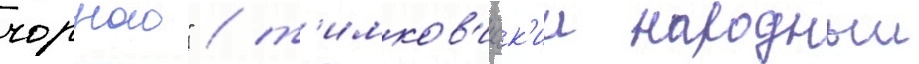
чорного" / т'имков'ичск'ии народныи